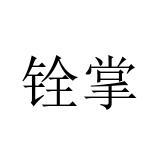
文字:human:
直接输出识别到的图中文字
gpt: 铨掌